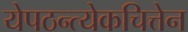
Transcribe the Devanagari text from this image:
येपठन्त्येकचित्तेन